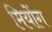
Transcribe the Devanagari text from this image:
मियोंग